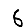
Digit: 6